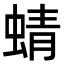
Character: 蜻